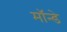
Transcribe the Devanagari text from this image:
मॉन्डे